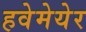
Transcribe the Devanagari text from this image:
हवेमेयेर